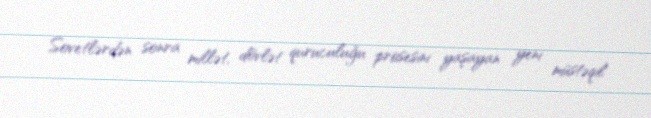
Sovetlərdən sonra millət, dövlət quruculuğu prosesini yaşayan yeni müstəqil